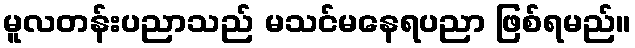
မူလတန်းပညာသည် မသင်မနေရပညာ ဖြစ်ရမည်။